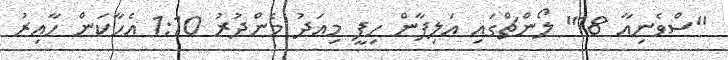
"ސްވެނިއާ 18" ލޯންޗްގައި އަލިފާން ހިފީ މިއަދު މެންދުރު 1:10 އެހާކަން ހާއިރު